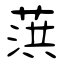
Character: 葓